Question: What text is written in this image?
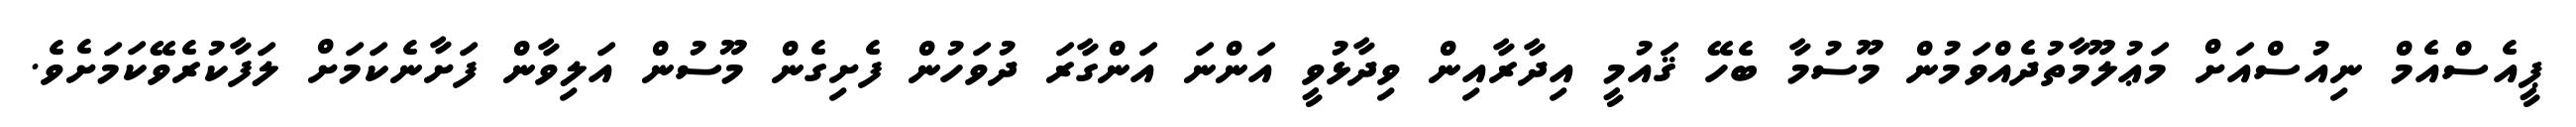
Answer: ޕީއެސްއެމް ނިއުސްއަށް މަޢުލޫމާތުދެއްވަމުން މޫސުމާ ބެހޭ ޤައުމީ އިދާރާއިން ވިދާޅުވީ އަންނަ އަންގާރަ ދުވަހުން ފެށިގެން މޫސުން އަލިވާން ފަށާނެކަމަށް ލަފާކުރެވޭކަމަށެވެ.